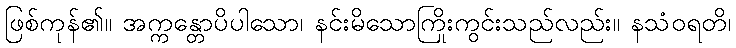
ဖြစ်ကုန်၏။ အက္ကန္တောပိပါသော၊ နင်းမိသောကြိုးကွင်းသည်လည်း။ နသံဝရတိ၊